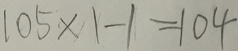
1 0 5 \times 1 - 1 = 1 0 4